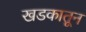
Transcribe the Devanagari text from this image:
खडकातून